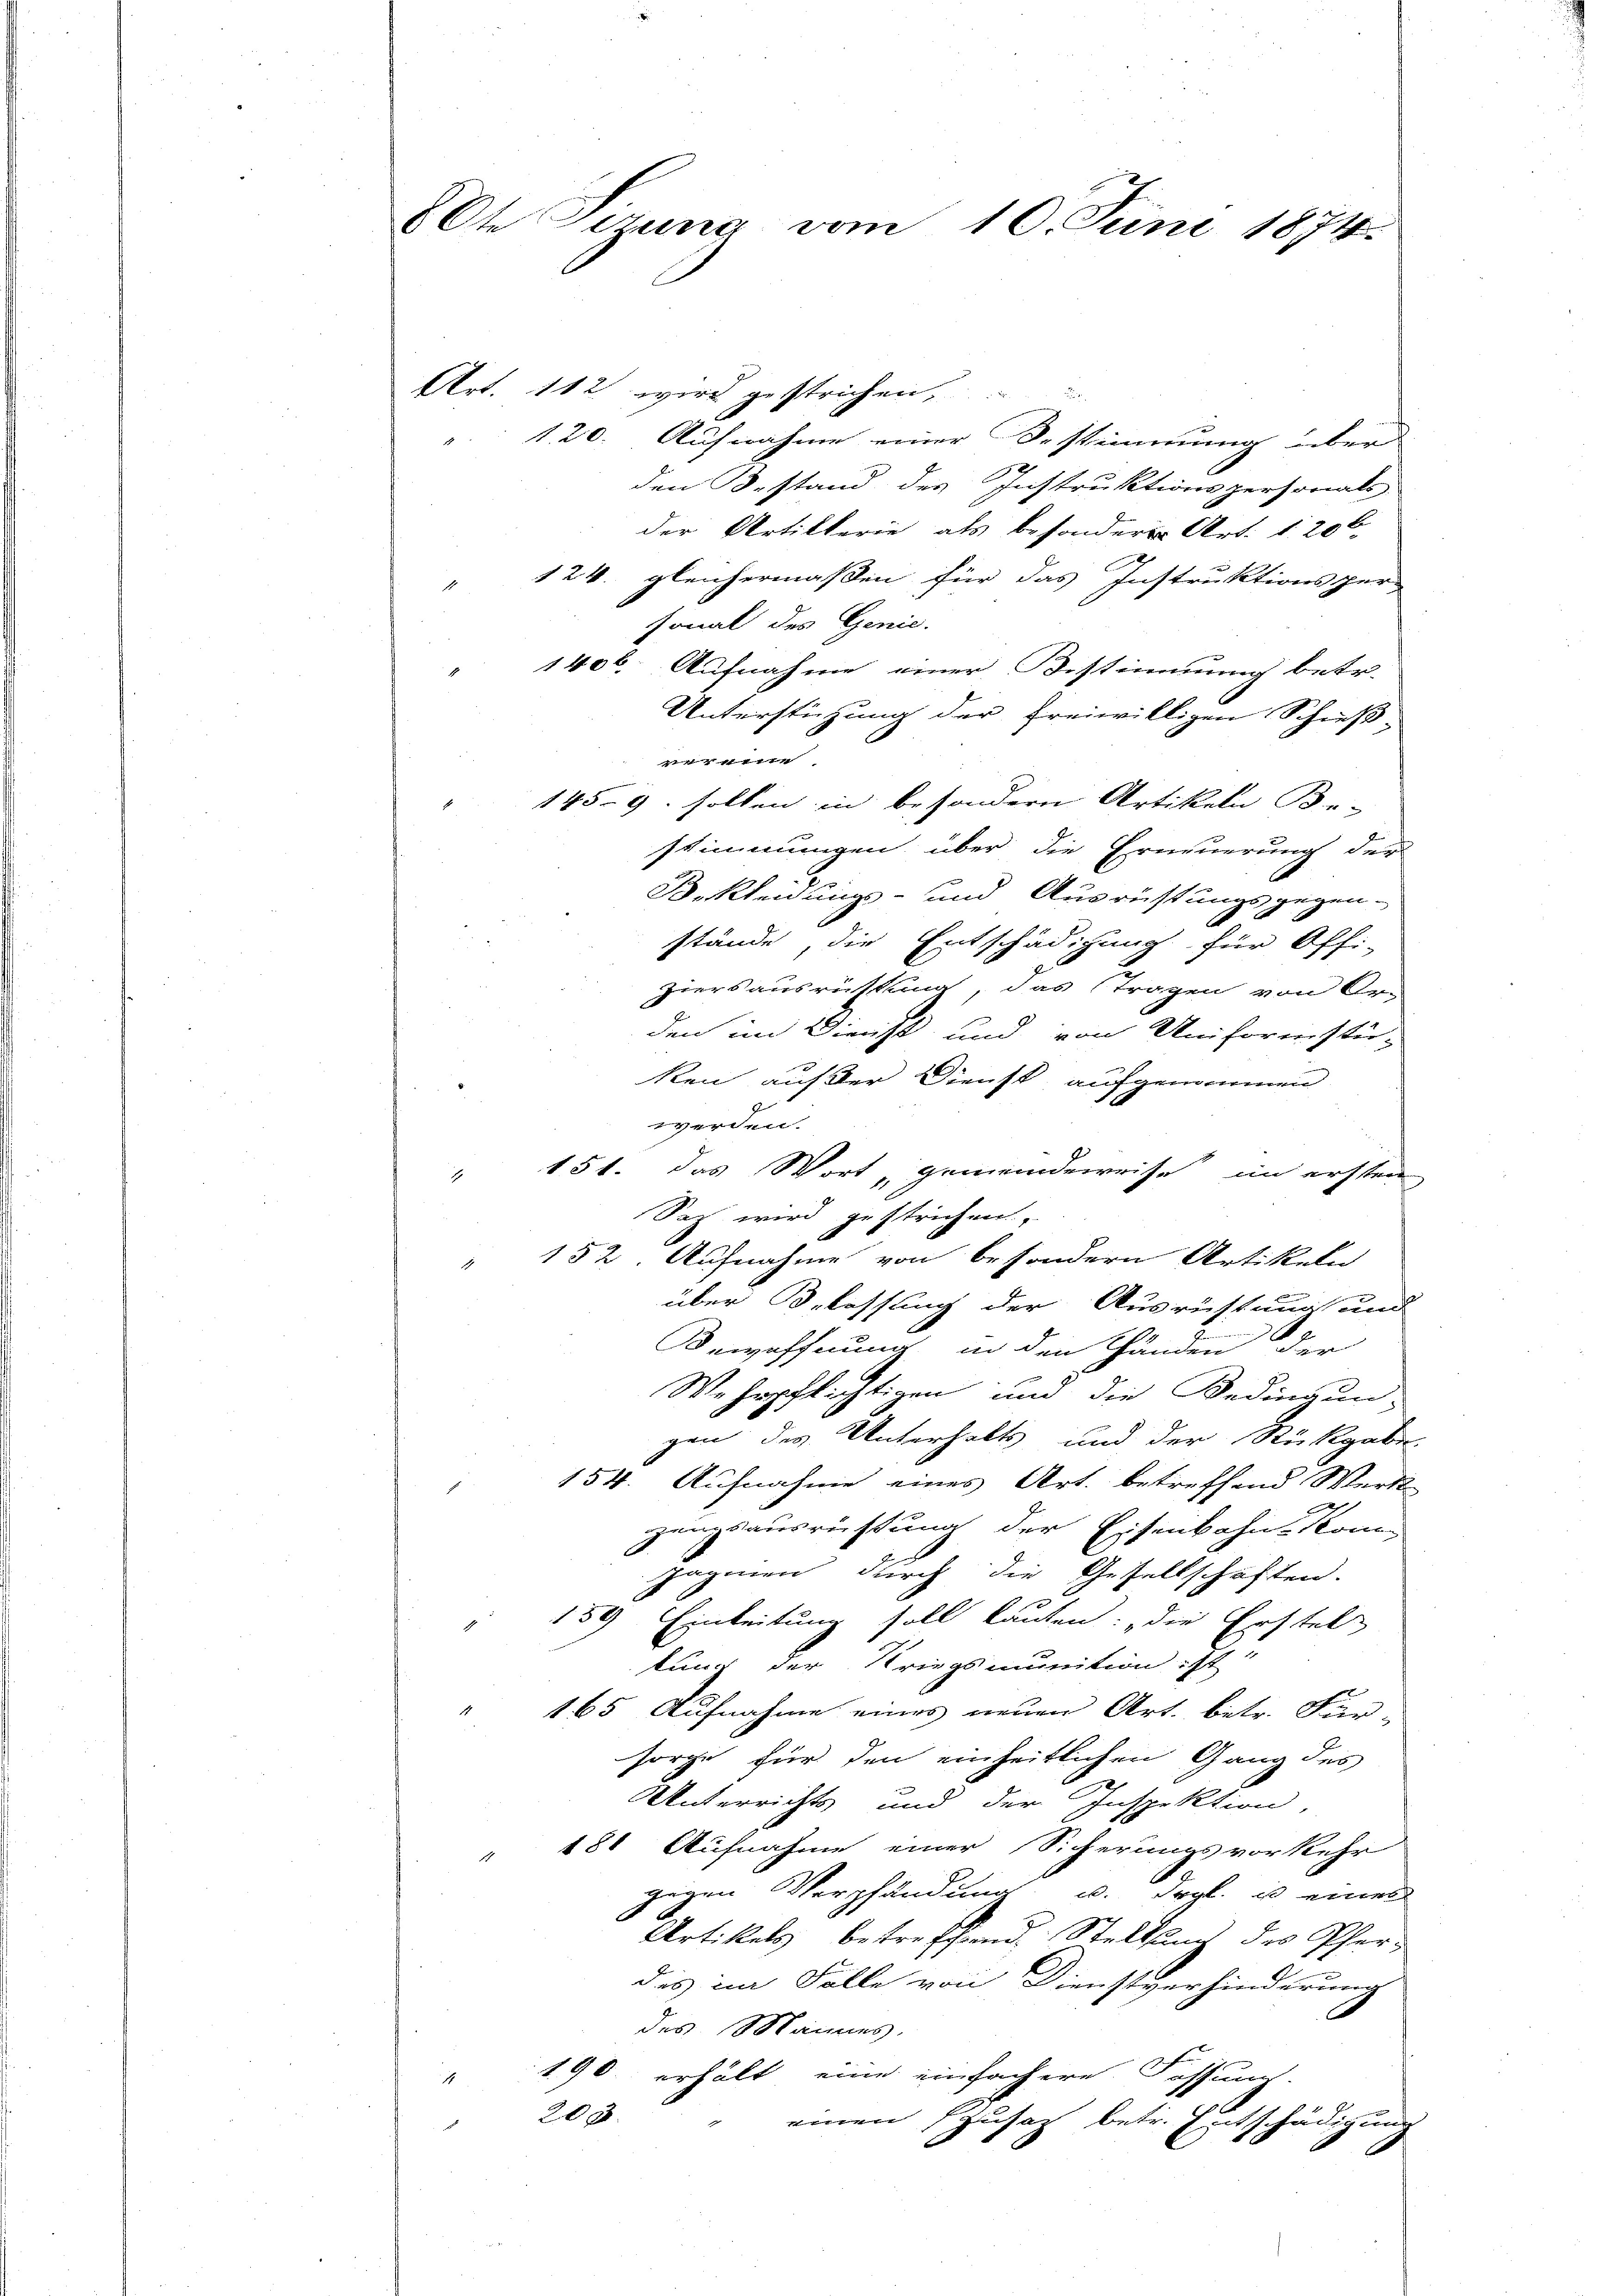
8Ote Sitzung vom 10. Juni 1874.

Art. 112 wird gestrichen,
120. Aufnahme einer Bestimmung über
den Bestand des Instruktionspersonals.
der Artikterie als besondere Art. 1. 206
 124. gleichermaßen für das Instruktionsper-
sonal des Genie.
1406. Aufnahme einer Bestimmung betr.
Unterstützung der freiwilligen Schieß-
41 krie
1459. sollen in besondern Artikeln Be-
stimmungen über die Erneuerung der
Bekleidungs- und Ausrüstungsgegen-
stände, die Entschädigung für Offi-
ziersausrüstung, das Tragen von Or-
den im Dienst und von Uniformstü-
ken außer Dienst, aufgenommen
werden.
151. das Wort gemeindeweise im ersten
1
Saz wird gestrichen.
152 Aufnahme von besondern Artikeln
J.
über Belassung der Ausrüstung und
Bewaffnung in den Händen der
Wehrpflichtigen und die Bedingun-
gen des Unterhalts und der Rückgabe
154. Aufnahme eines Art. betreffend Werk-
zungsausrüstung der Eisenbahnkom-
paginen durch die Gesellschaften.
2
159) Einleitung soll lauten: „Die Erstel
tung der Kriegsmunition ist.
165 Aufnahme eines neuen Art. betr. Für-
sorge für den einheitlichen Gang des
Unterrichts und der Inspektion,
 181 Aufnahme einer Sicherungsvorkehr
gegen Verpfändung u. drgl. ist eines
d
Artikels betreffend Stellung des Pfer-
des im Falle von Dienstverhinderung
des Mannes.
190. erhält eine einfachere Fassun-
4
203.
einen Zusatz betr. Entschädigung
i
1
C
1